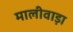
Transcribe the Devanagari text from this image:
मालीवाड़ा